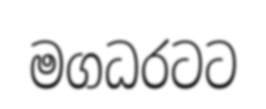
මගධරටට